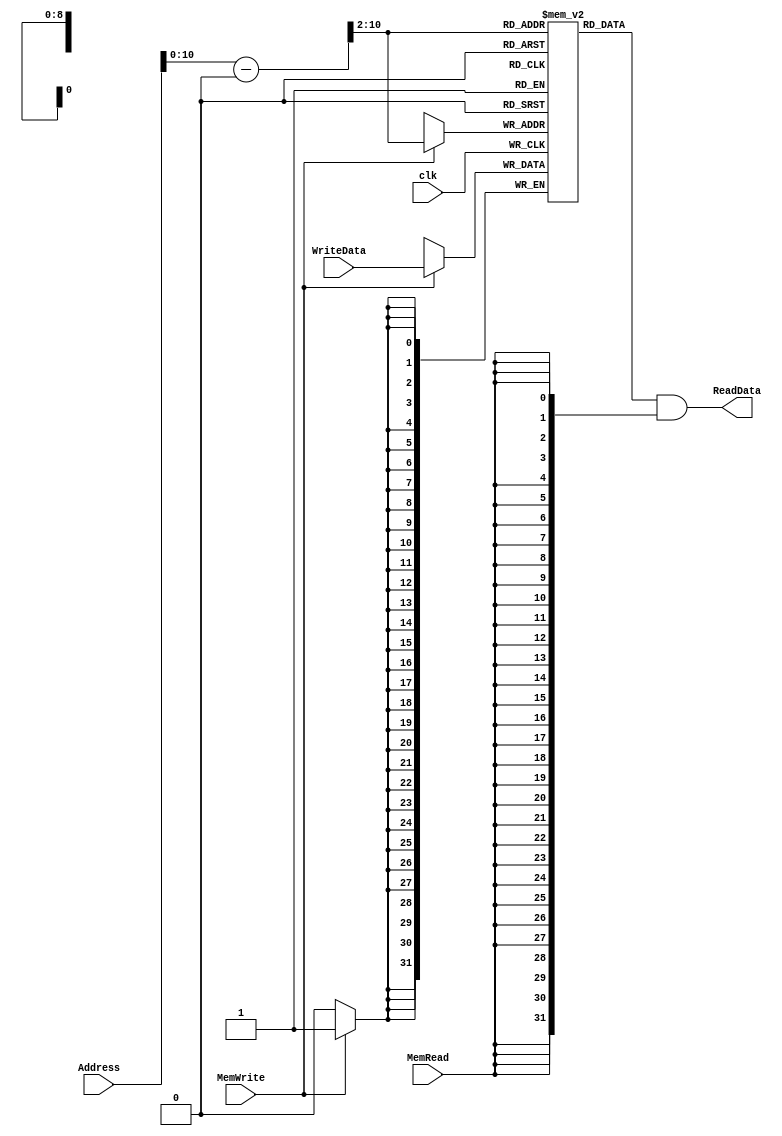
/******************************************************************
* Description
*	This is the data memory for the MIPS processor
*	1.0
* Author:
*	Dr. Jos Luis Pizano Escalante
* email:
*	luispizano@iteso.mx
* Date:
*	01/03/2014
******************************************************************/

module DataMemory 
#(	parameter DATA_WIDTH = 32,
	parameter MEMORY_DEPTH = 512	//$sp = 0x10010000 + d'512

)
(
	input [DATA_WIDTH-1:0] WriteData,
	input [DATA_WIDTH-1:0]  Address,
	input MemWrite,MemRead, clk,
	output  [DATA_WIDTH-1:0]  ReadData
);
	
	// Declare the RAM variable
	reg [DATA_WIDTH-1:0] ram[MEMORY_DEPTH-1:0];
	wire [DATA_WIDTH-1:0] ReadDataAux;
	wire [DATA_WIDTH-1:0] AddressAux; //Direccion a memoria
	
	assign AddressAux = (Address -32'h1001_0000)>>2; //Corrida a la derecha 

	always @ (posedge clk)
	begin
		// Write
		if (MemWrite)
			ram[AddressAux] <= WriteData;
	end
	assign ReadDataAux = ram[AddressAux];
  	assign ReadData = ReadDataAux & {DATA_WIDTH{MemRead}};

endmodule